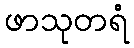
ဖာသုတရံ